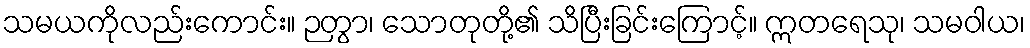
သမယကိုလည်းကောင်း။ ဉတွာ၊ သောတုတို့၏ သိပြီးခြင်းကြောင့်။ ဣတရေသု၊ သမဝါယ၊